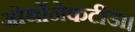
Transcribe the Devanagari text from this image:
ओर्थोनेकटीडा।